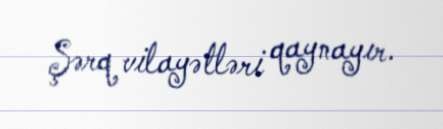
Şərq vilayətləri qaynayır.